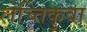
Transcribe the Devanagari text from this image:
लेच्तिकुवा